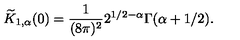
\widetilde { K } _ { 1 , \alpha } ( 0 ) = \frac { 1 } { ( 8 \pi ) ^ { 2 } } 2 ^ { 1 / 2 - \alpha } \Gamma ( \alpha + 1 / 2 ) .